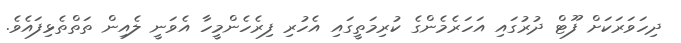
ދިހަވަރަކަށް ފޫޓް ދުރުގައި އަހަރެމެންގެ ކުރިމަތީގައި އެހުރި ފިރެހެންމީހާ އެވަނީ ލެއިން ތަތްތެޅިފައެވެ.